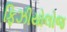
ફિઝીયોલોજ